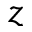
z